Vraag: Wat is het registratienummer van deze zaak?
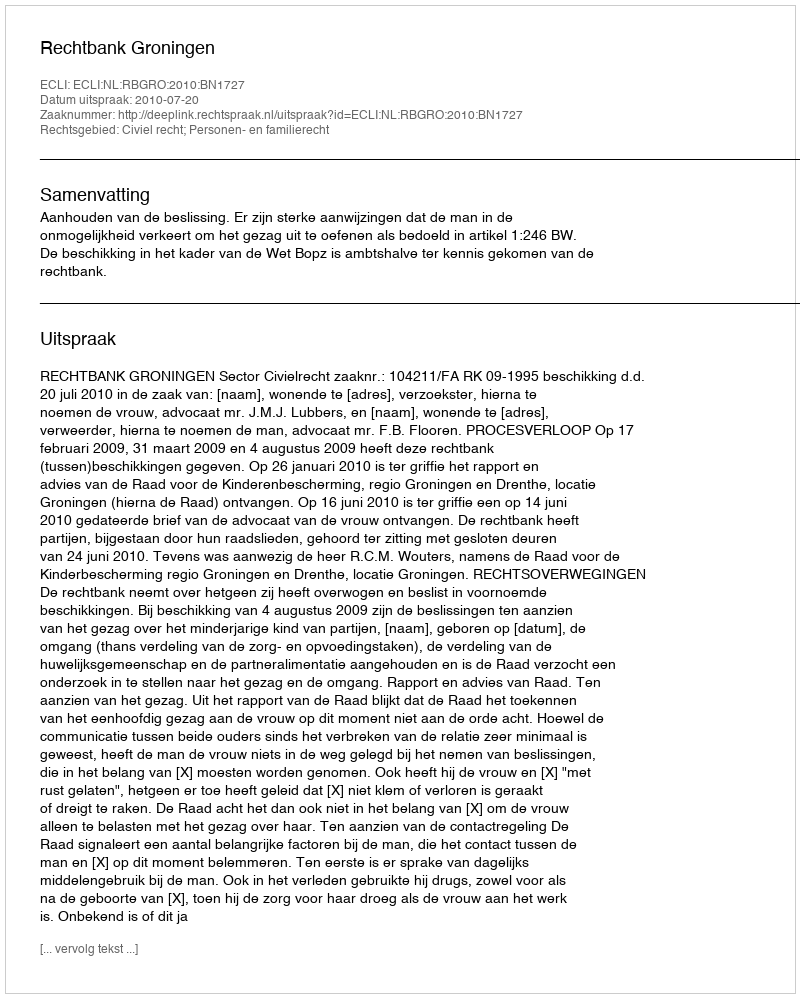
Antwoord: http://deeplink.rechtspraak.nl/uitspraak?id=ECLI:NL:RBGRO:2010:BN1727